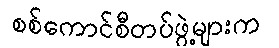
စစ်ကောင်စီတပ်ဖွဲ့များက